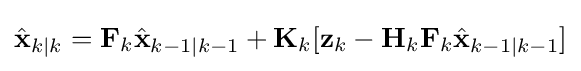
{\hat {\mathbf {x} }}_{k\mid k}=\mathbf {F} _{k}{\hat {\mathbf {x} }}_{k-1\mid k-1}+\mathbf {K} _{k}[\mathbf {z} _{k}-\mathbf {H} _{k}\mathbf {F} _{k}{\hat {\mathbf {x} }}_{k-1\mid k-1}]